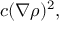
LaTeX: c ( \nabla \rho ) ^ { 2 } ,